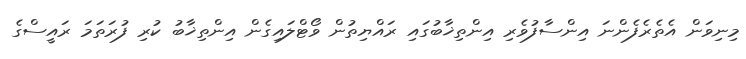
މިނިވަން އެތެރެފެންނަ އިންސާފުވެރި އިންތިޚާބުގައި ރައްޔިތުން ވޯޓްލައިގެން އިންތިޚާބު ކުރި ފުރަތަމަ ރައީސްގެ